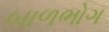
બાળભોગ